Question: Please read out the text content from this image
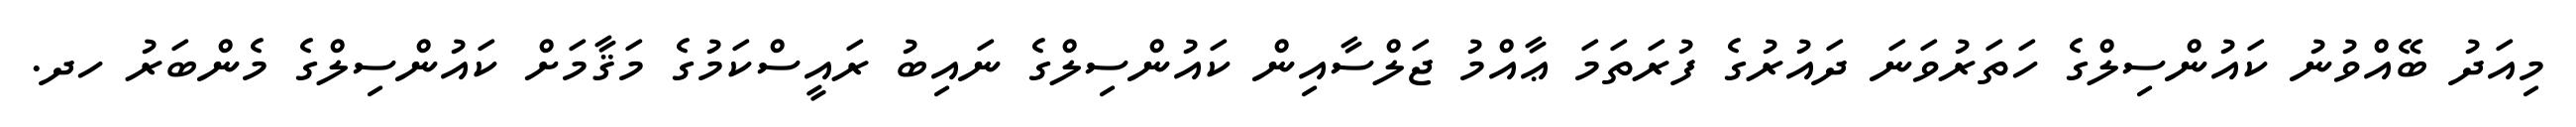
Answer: މިއަދު ބޭއްވުނު ކައުންސިލްގެ ހަތަރުވަނަ ދައުރުގެ ފުރަތަމަ ޢާއްމު ޖަލްސާއިން ކައުންސިލްގެ ނައިބު ރައީސްކަމުގެ މަޤާމަށް ކައުންސިލްގެ މެންބަރު ހދ.